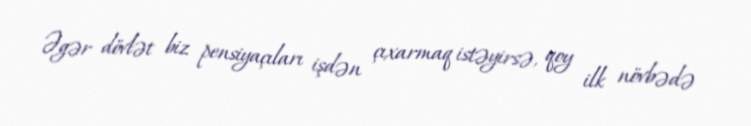
Əgər dövlət biz pensiyaçıları işdən çıxarmaq istəyirsə, qoy ilk növbədə